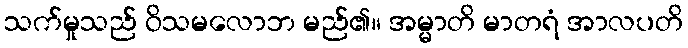
သက်မှုသည် ဝိသမလောဘ မည်၏။ အမ္မာတိ မာတရံ အာလပတိ